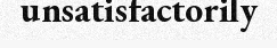
unsatisfactorily